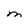
Character: M